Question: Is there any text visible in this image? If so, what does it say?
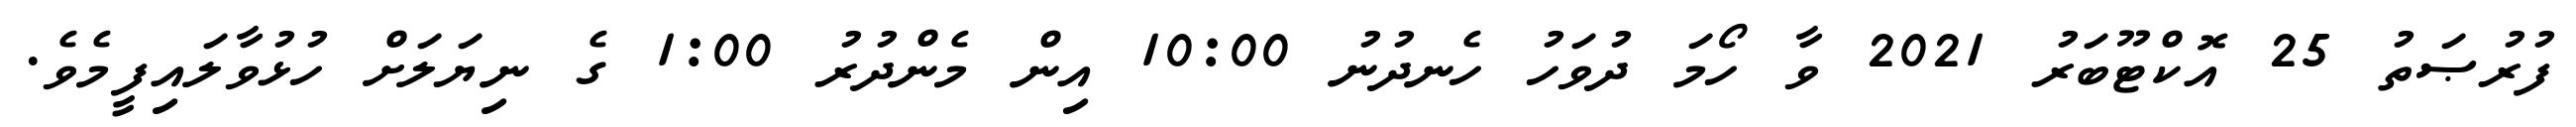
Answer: ފުރުޞަތު 25 އޮކްޓޫބަރު 2021 ވާ ހޯމަ ދުވަހު ހެނދުނު 10:00 އިން މެންދުރު 1:00 ގެ ނިޔަލަށް ހުޅުވާލައިފީމެވެ.